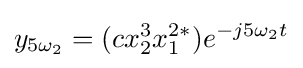
y_{5{\omega _{2}}}=(cx_{2}^{3}x_{1}^{2\ast })e^{-j5{\omega }_{2}t}